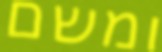
ומשם